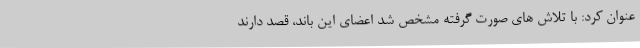
عنوان کرد: با تلاش های صورت گرفته مشخص شد اعضای این باند، قصد دارند